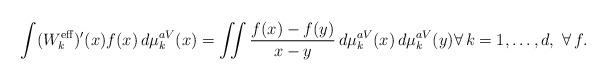
LaTeX: \begin{align*}\int (W_k^{\rm eff})'(x)f(x)\,d\mu_k^{aV}(x)= \iint \frac{f(x)-f(y)}{x-y}\,d\mu_k^{aV}(x)\,d\mu_k^{aV}(y)\forall\,k=1,\ldots,d,\,\,\forall\,f.\end{align*}